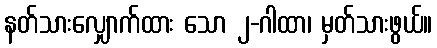
နတ်သားလျှောက်ထား သော ၂-ဂါထာ၊ မှတ်သားဖွယ်။